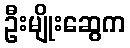
ဦးမျိုးဆွေက